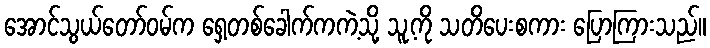
အောင်သွယ်တော်ဝမ်က ရှေ့တစ်ခေါက်ကကဲ့သို့ သူ့ကို သတိပေးစကား ပြောကြားသည်။